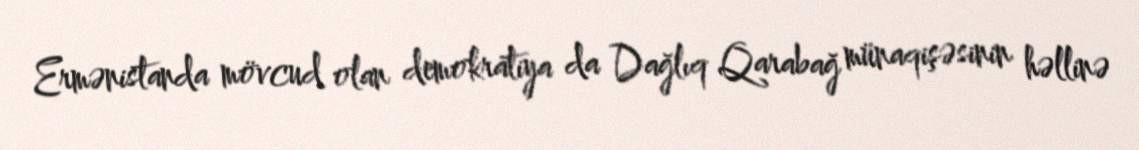
Ermənistanda mövcud olan demokratiya da Dağlıq Qarabağ münaqişəsinin həllinə